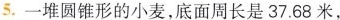
5.一堆圆锥形的小麦，底面周长是37.68米，